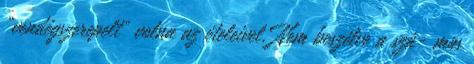
„vendégszerepelt” volna az ételeivel. Nem beszélve a szá- mos